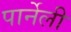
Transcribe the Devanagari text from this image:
पार्नेली